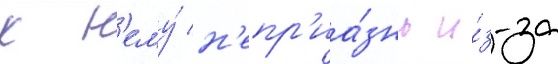
к н'ему́ н'епр'иа́знь и́з-за